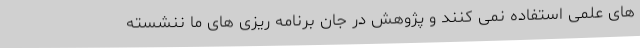
های علمی استفاده نمی کنند و پژوهش در جان برنامه ریزی های ما ننشسته